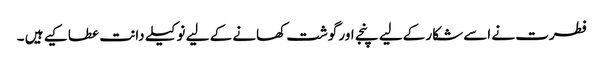
فطرت نے اسے شکار کےلیے پنجے اور گوشت کھانے کے لیے نوکیلے دانت عطا کیے ہیں ۔